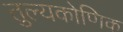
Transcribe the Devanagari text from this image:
तुल्यकोणिक